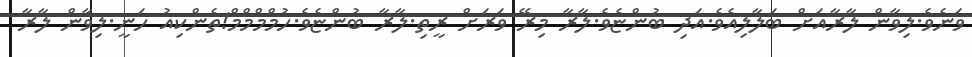
ވަނެވެ.ލިވާން ލާރާއަށް ބަލާލިއެވެ.އަދި ބުންޏެވެ.ލާރާ މިރޭ ވަރަށް ރީތި.ލާރާ ބުންޏެވެ.ހުމްމްމްމް!ތެންކިއު ހަނީ.ލިވާން ލާރާ